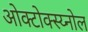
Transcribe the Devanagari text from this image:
ओक्टोक्स्य्नोल